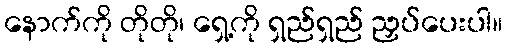
နောက်ကို တိုတို၊ ရှေ့ကို ရှည်ရှည် ညှပ်ပေးပါ။